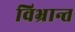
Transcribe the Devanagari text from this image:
विभ्रान्त